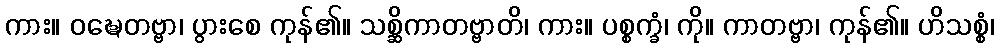
ကား။ ဝဍ္ဎေတဗ္ဗာ၊ ပွားစေ ကုန်၏။ သစ္ဆိကာတဗ္ဗာတိ၊ ကား။ ပစ္စက္ခံ၊ ကို။ ကာတဗ္ဗာ၊ ကုန်၏။ ဟိသစ္စံ၊